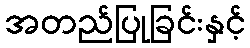
အတည်ပြုခြင်းနှင့်